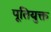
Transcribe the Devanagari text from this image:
पूतियुक्त